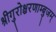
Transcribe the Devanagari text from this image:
श्रीगुरोश्चरणाम्बुजम्